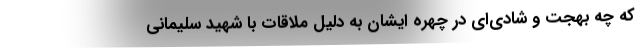
که چه بهجت و شادی‌ای در چهره ایشان به دلیل ملاقات با شهید سلیمانی